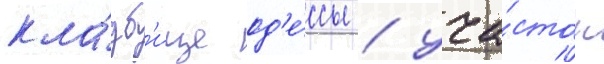
кла́дб'ище од'е́ссы / уча́сток